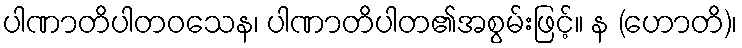
ပါဏာတိပါတဝသေန၊ ပါဏာတိပါတ၏အစွမ်းဖြင့်။ န (ဟောတိ)၊